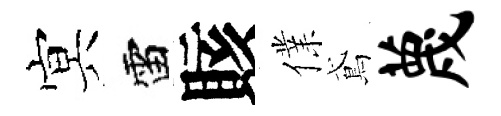
㝠雷賅㒒鳶蔑